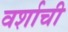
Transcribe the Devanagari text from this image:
वर्शाची